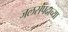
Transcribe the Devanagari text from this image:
जलसंपदाच्या